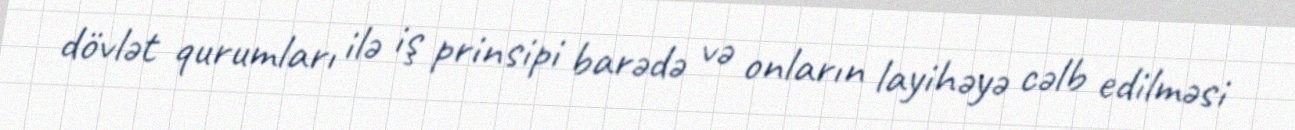
dövlət qurumları ilə iş prinsipi barədə və onların layihəyə cəlb edilməsi